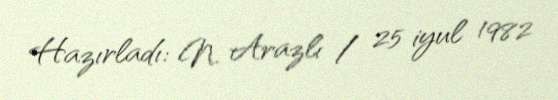
Hazırladı: N. Arazlı / 25 iyul 1982